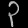
Digit: ၃